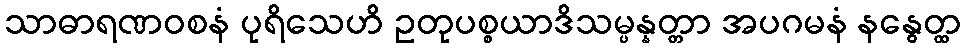
သာဓာရဏဝစနံ ပုရိသေဟိ ဥတုပစ္စယာဒိသမ္ပန္နတ္တာ အပဂမနံ နနွေတ္ထ